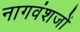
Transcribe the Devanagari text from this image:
नागवंशजों